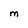
Character: M